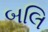
બલિ